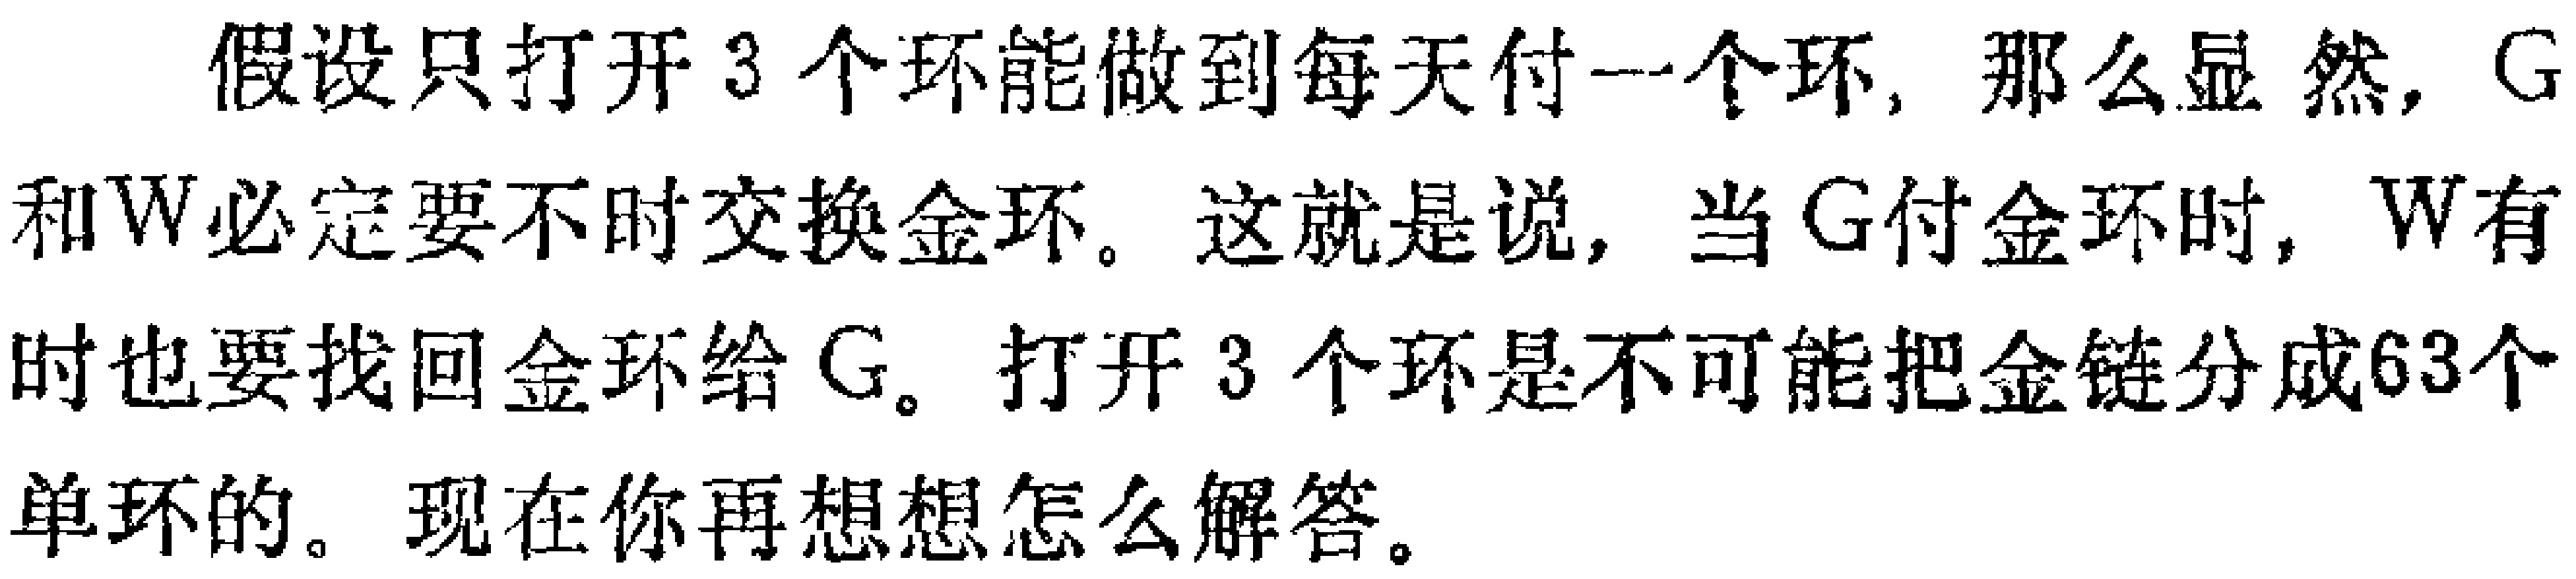
假设只打开3个环能做到每天付一个环, 那么显然, \(G\)和\(W\)必定要不时交换金环。这就是说, 当\(G\)付金环时, \(W\)有时也要找回金环给\(G\)。打开3个环是不可能把金链分成63个单环的。现在你再想想怎么解答。